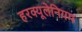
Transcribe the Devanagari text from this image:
हरक्यूलेनियम